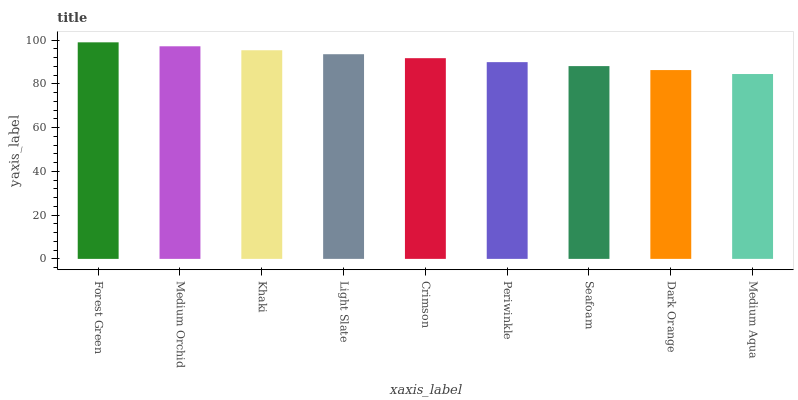
| xaxis_label | bars |
 | --- | --- |
 | Forest Green | 99 |
 | Medium Orchid | 97.2 |
 | Khaki | 95.4 |
 | Light Slate | 93.6 |
 | Crimson | 91.8 |
 | Periwinkle | 89.9 |
 | Seafoam | 88.1 |
 | Dark Orange | 86.3 |
 | Medium Aqua | 84.5 |